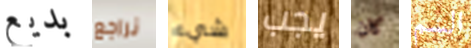
بديع نراجع شيء يجب كان السم